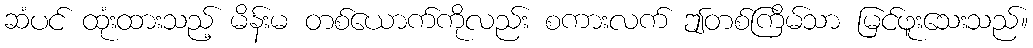
ဆံပင် ထုံးထားသည့် မိန်းမ တစ်ယောက်ကိုလည်း စကားလက် ဤတစ်ကြိမ်သာ မြင်ဖူးသေးသည်။